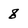
Character: 8